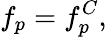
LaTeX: f_{p}=f_{p}^{C},